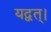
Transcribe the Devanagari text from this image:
यद्वत्।